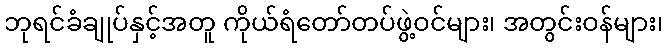
ဘုရင်ခံချုပ်နှင့်အတူ ကိုယ်ရံတော်တပ်ဖွဲ့ဝင်များ၊ အတွင်းဝန်များ၊